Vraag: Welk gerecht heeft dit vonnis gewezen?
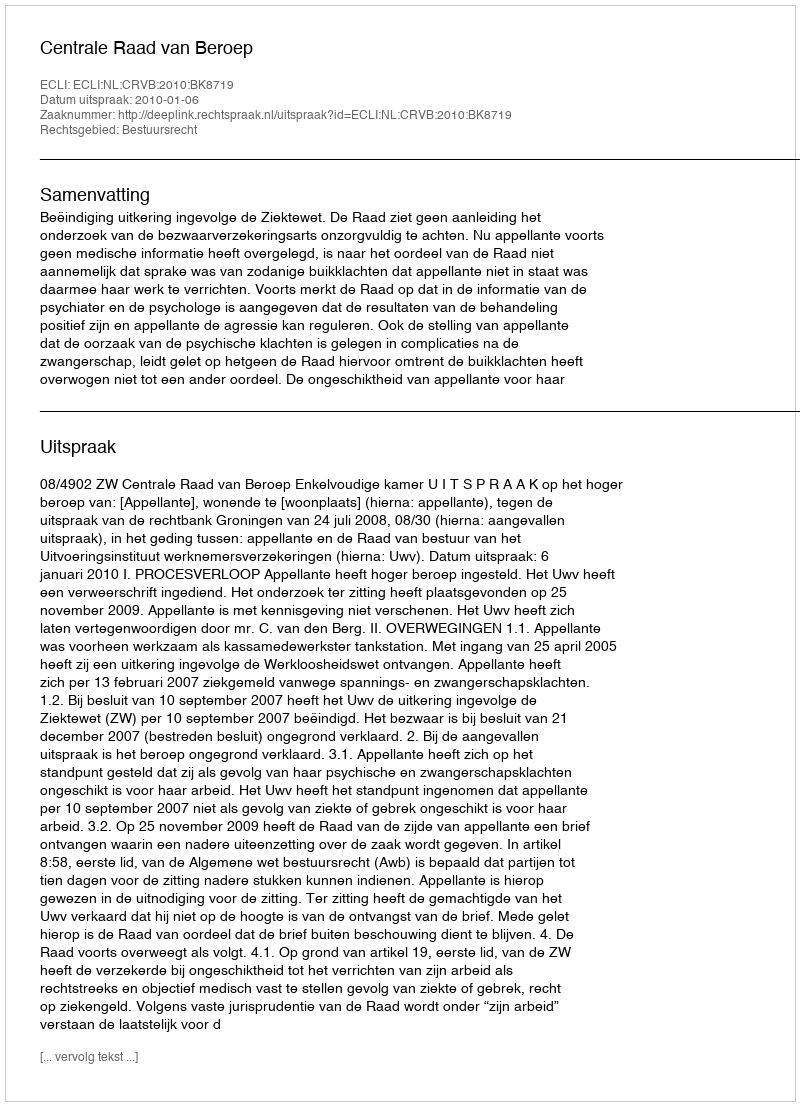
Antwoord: Centrale Raad van Beroep